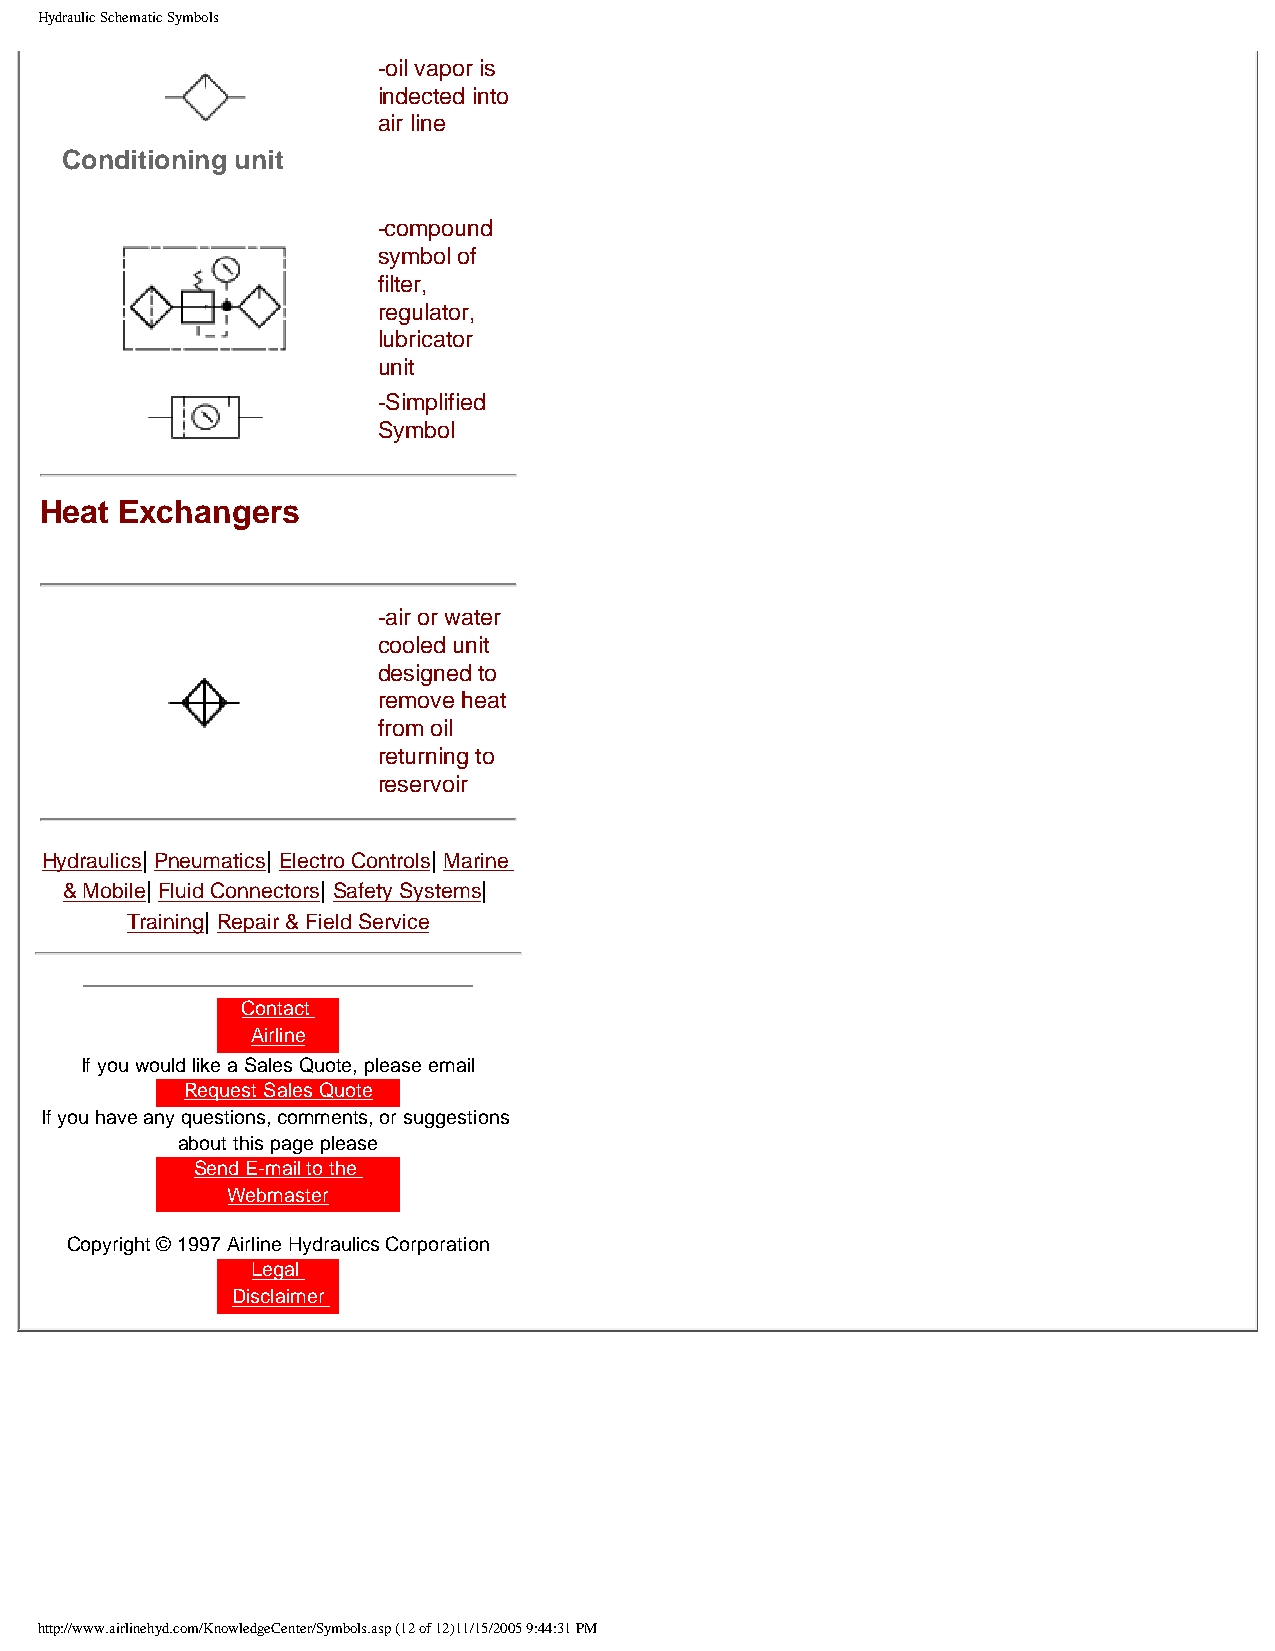
Hydraulic Schematic Symbols
 -oil vapor is
 indected into
 air line
 Conditioning unit
 -compound
 symbol of
 filter,
 regulator,
 lubricator
 unit
 -Simplified
 Symbol
 Heat Exchangers
 -air or water
 cooled unit
 designed to
 remove heat
 from oil
 returning to
 reservoir
 Hydraulics| Pneumatics| Electro Controls| Marine
 & Mobile| Fluid Connectors| Safety Systems|
 Training| Repair & Field Service
 Contact
 Airline
 If you would like a Sales Quote, please email
 Request Sales Quote
 If you have any questions, comments, or suggestions
 about this page please
 Send E-mail to the
 Webmaster
 Copyright © 1997 Airline Hydraulics Corporation
 Legal
 Disclaimer
 http://www.airlinehyd.com/KnowledgeCenter/Symbols.asp (12 of 12)11/15/2005 9:44:31 PM